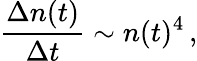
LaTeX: \frac{\Delta n(t)}{\Delta t}\sim n(t)^{4}\, ,